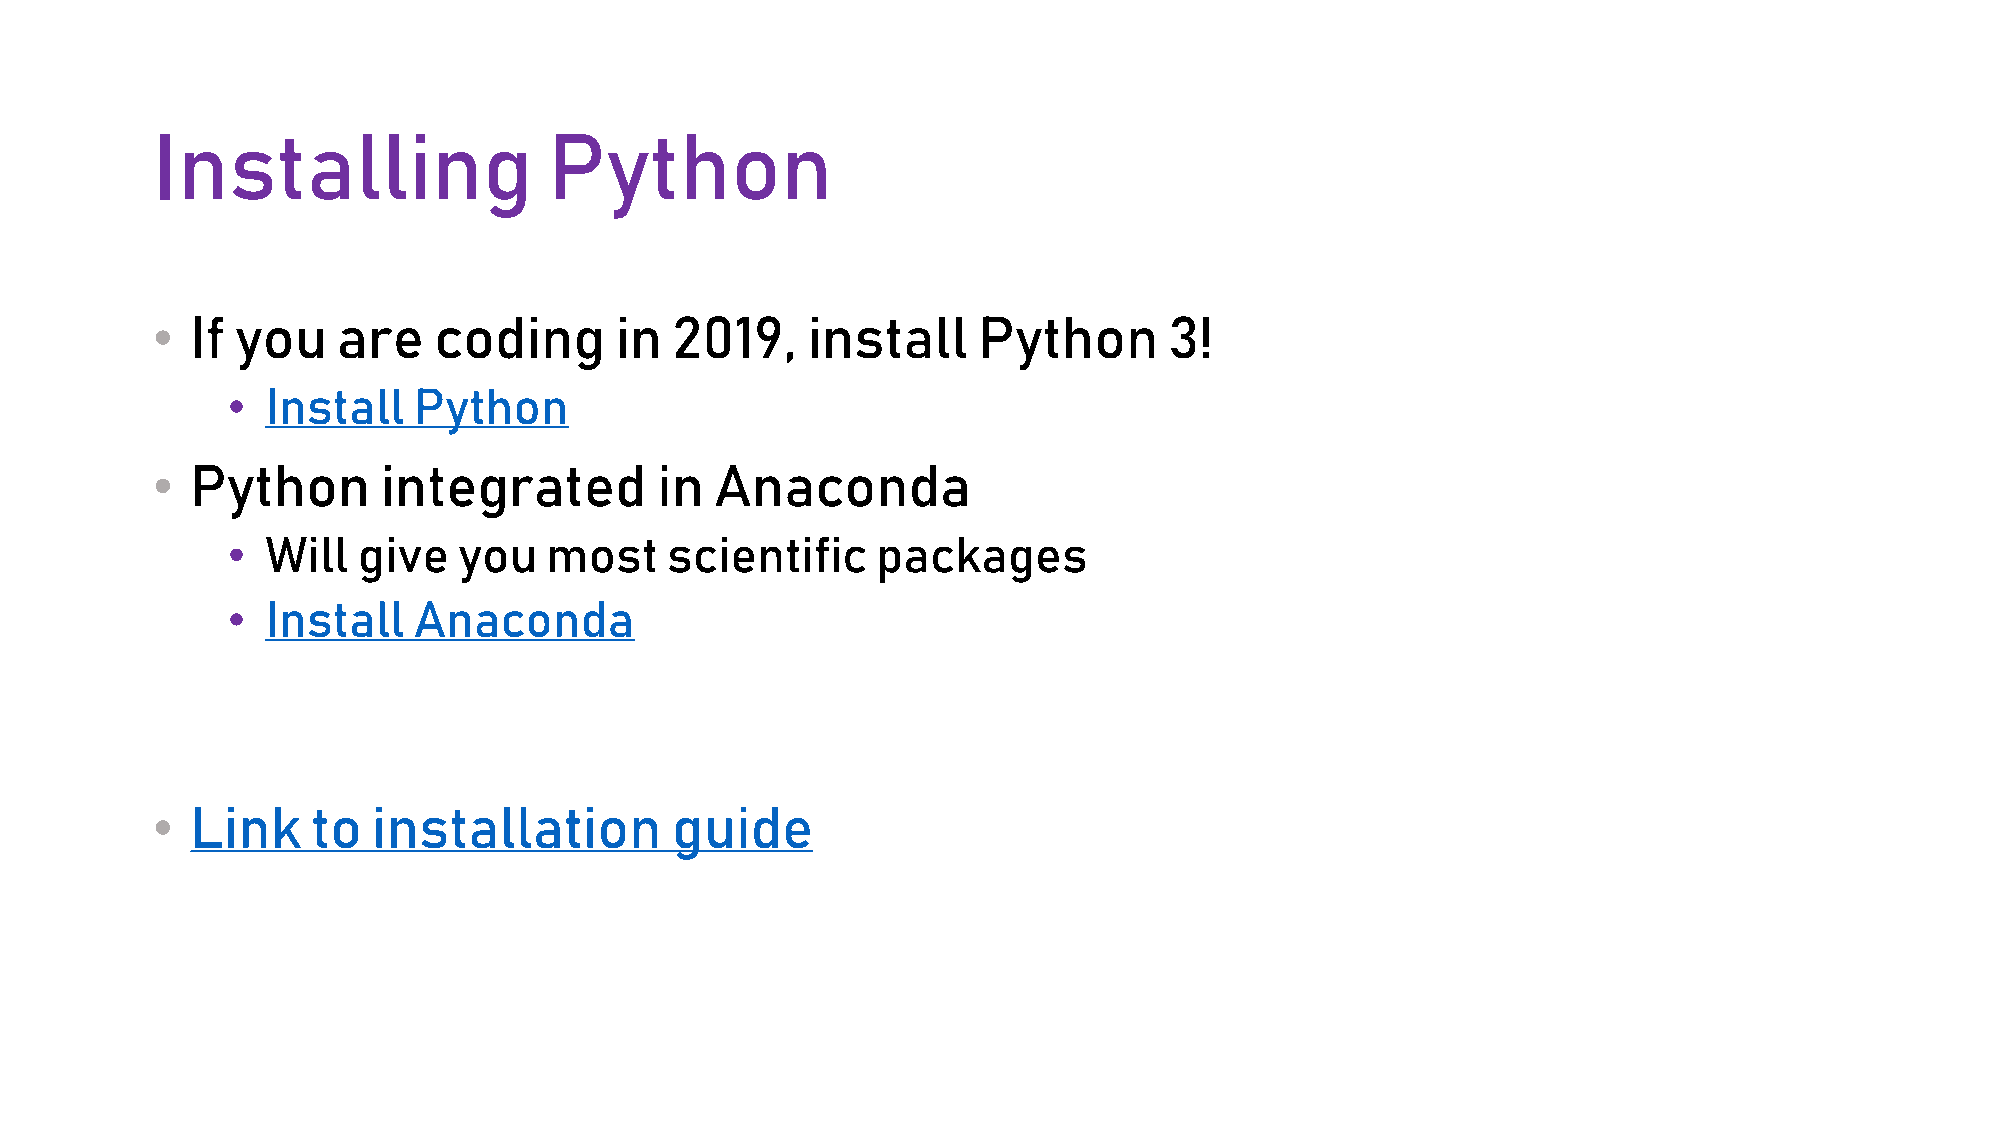
Installing                Python
 •  If you   are    coding      in 2019,    install     Python      3!
 •  Install  Python
 •  Python      integrated        in  Anaconda
 •  Will  give  you   most    scientific    packages
 •  Install  Anaconda
 •  Link    to  installation       guide